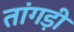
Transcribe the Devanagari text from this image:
तांगड़ी